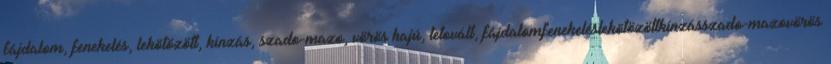
fájdalom, fenekelés, lekötözött, kínzás, szado-mazo, vörös hajú, tetovált, fájdalomfenekeléslekötözöttkínzásszado-mazovörös